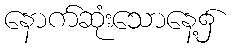
နောက်ဆုံးသောနေ့၌